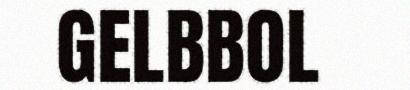
GELBBOL